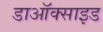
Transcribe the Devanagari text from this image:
डाऑक्साइड